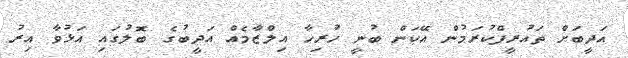
އަދީބަށް ތައުރީފްކުރަމުން އޭކަން ބުނީ ހުރިހާ އިލްޒާމެއް އަދީބުގެ ބޮލުގައި އަޅުވާ އިރު